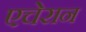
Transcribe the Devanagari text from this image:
एचेरान